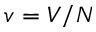
v = V / N